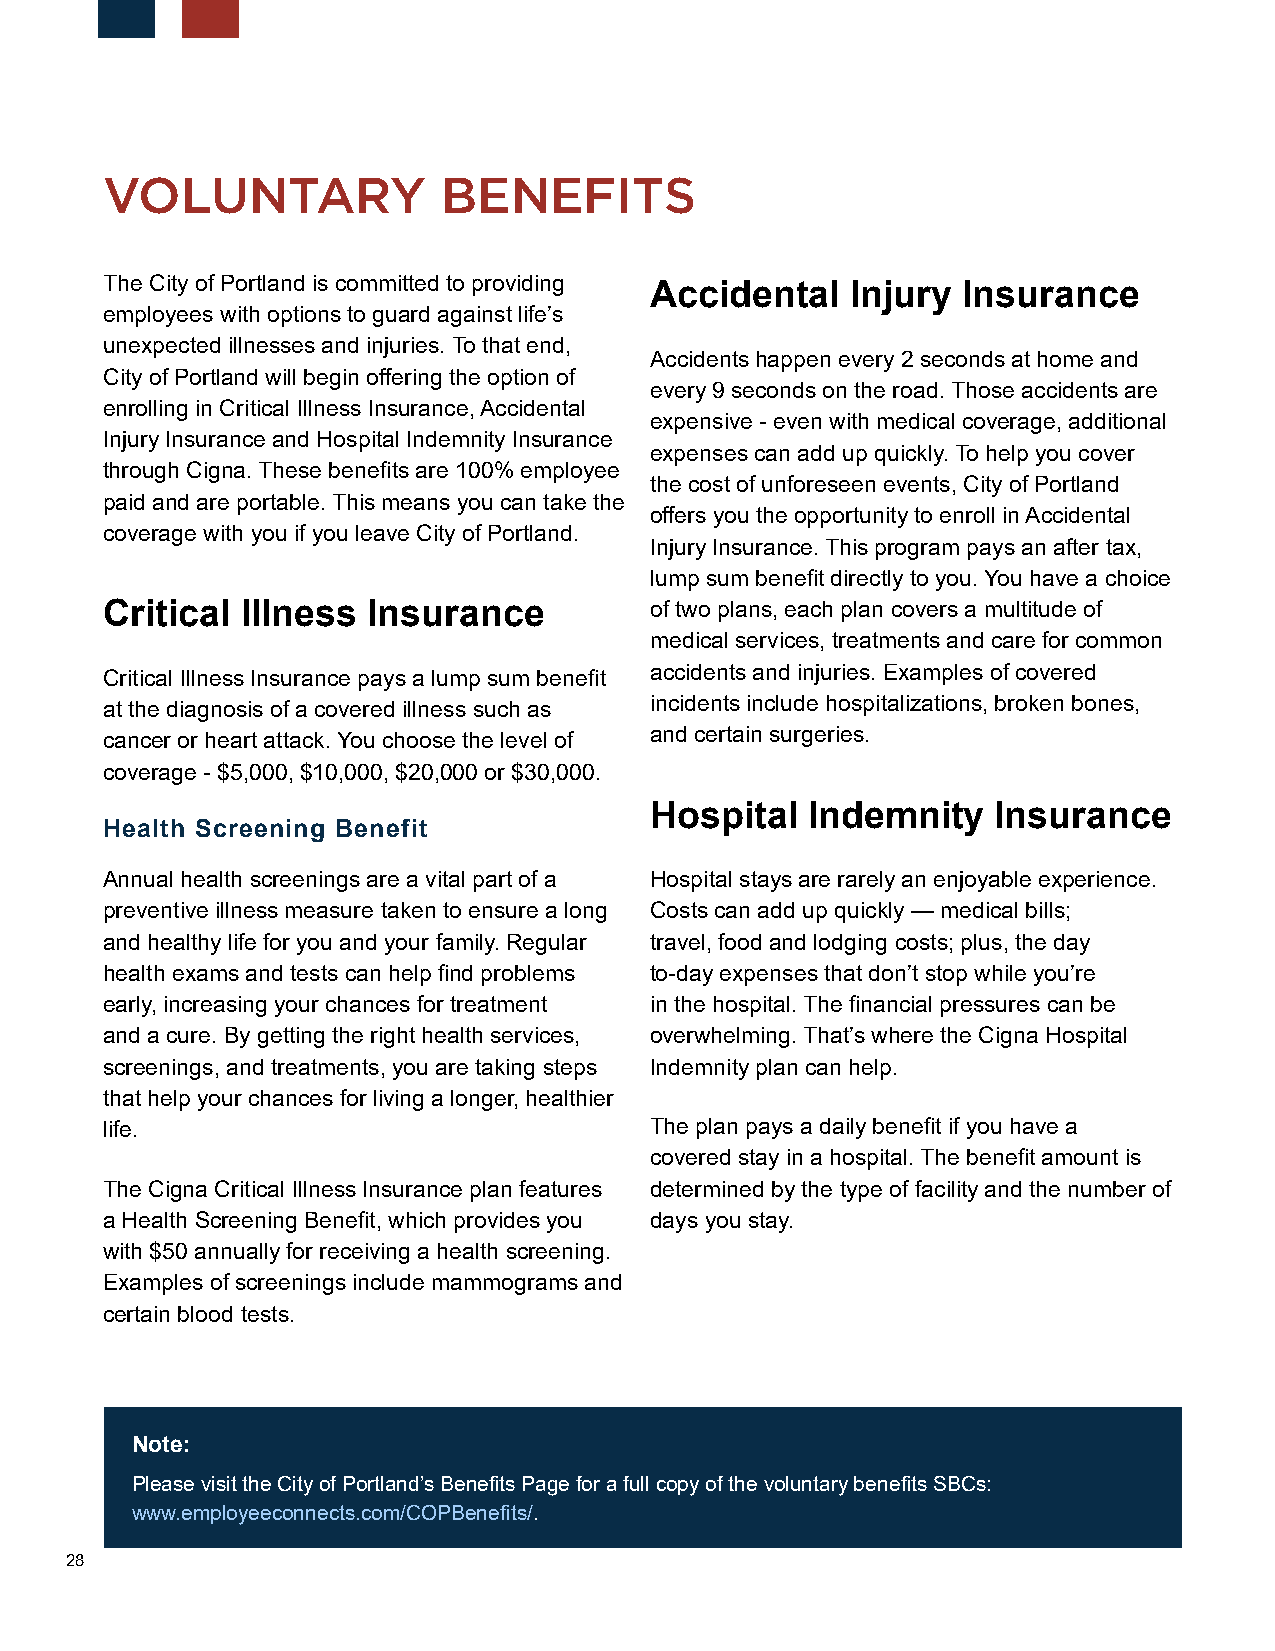
VOLUNTARY             BENEFITS
 The City of Portland is committed to providing
 Accidental   Injury  Insurance
 employees with options to guard against life’s
 unexpected illnesses and injuries. To that end,
 Accidents happen every 2 seconds at home and
 City of Portland will begin offering the option of
 every 9 seconds on the road. Those accidents are
 enrolling in Critical Illness Insurance, Accidental
 expensive - even with medical coverage, additional
 Injury Insurance and Hospital Indemnity Insurance
 expenses can add up quickly. To help you cover
 through Cigna. These benefits are 100% employee
 the cost of unforeseen events, City of Portland
 paid and are portable. This means you can take the
 offers you the opportunity to enroll in Accidental
 coverage with you if you leave City of Portland.
 Injury Insurance. This program pays an after tax,
 lump sum benefit directly to you. You have a choice
 Critical Illness Insurance          of two plans, each plan covers a multitude of
 medical services, treatments and care for common
 Critical Illness Insurance pays a lump sum benefit accidents and injuries. Examples of covered
 at the diagnosis of a covered illness such as incidents include hospitalizations, broken bones,
 cancer or heart attack. You choose the level of and certain surgeries.
 coverage - $5,000, $10,000, $20,000 or $30,000.
 Hospital  Indemnity    Insurance
 Health Screening Benefit
 Annual health screenings are a vital part of a Hospital stays are rarely an enjoyable experience.
 preventive illness measure taken to ensure a long Costs can add up quickly — medical bills;
 and healthy life for you and your family. Regular travel, food and lodging costs; plus, the day
 health exams and tests can help find problems to-day expenses that don’t stop while you’re
 early, increasing your chances for treatment in the hospital. The financial pressures can be
 and a cure. By getting the right health services, overwhelming. That’s where the Cigna Hospital
 screenings, and treatments, you are taking steps Indemnity plan can help.
 that help your chances for living a longer, healthier
 life.                               The plan pays a daily benefit if you have a
 covered stay in a hospital. The benefit amount is
 The Cigna Critical Illness Insurance plan features determined by the type of facility and the number of
 a Health Screening Benefit, which provides you days you stay.
 with $50 annually for receiving a health screening.
 Examples of screenings include mammograms and
 certain blood tests.
 Note:
 Please visit the City of Portland’s Benefits Page for a full copy of the voluntary benefits SBCs:
 www.employeeconnects.com/COPBenefits/.
 28